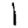
Digit: 1